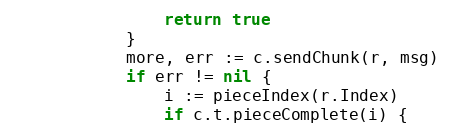
Language: Go
				return true
			}
			more, err := c.sendChunk(r, msg)
			if err != nil {
				i := pieceIndex(r.Index)
				if c.t.pieceComplete(i) {